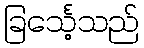
ခြင်္သေ့သည်